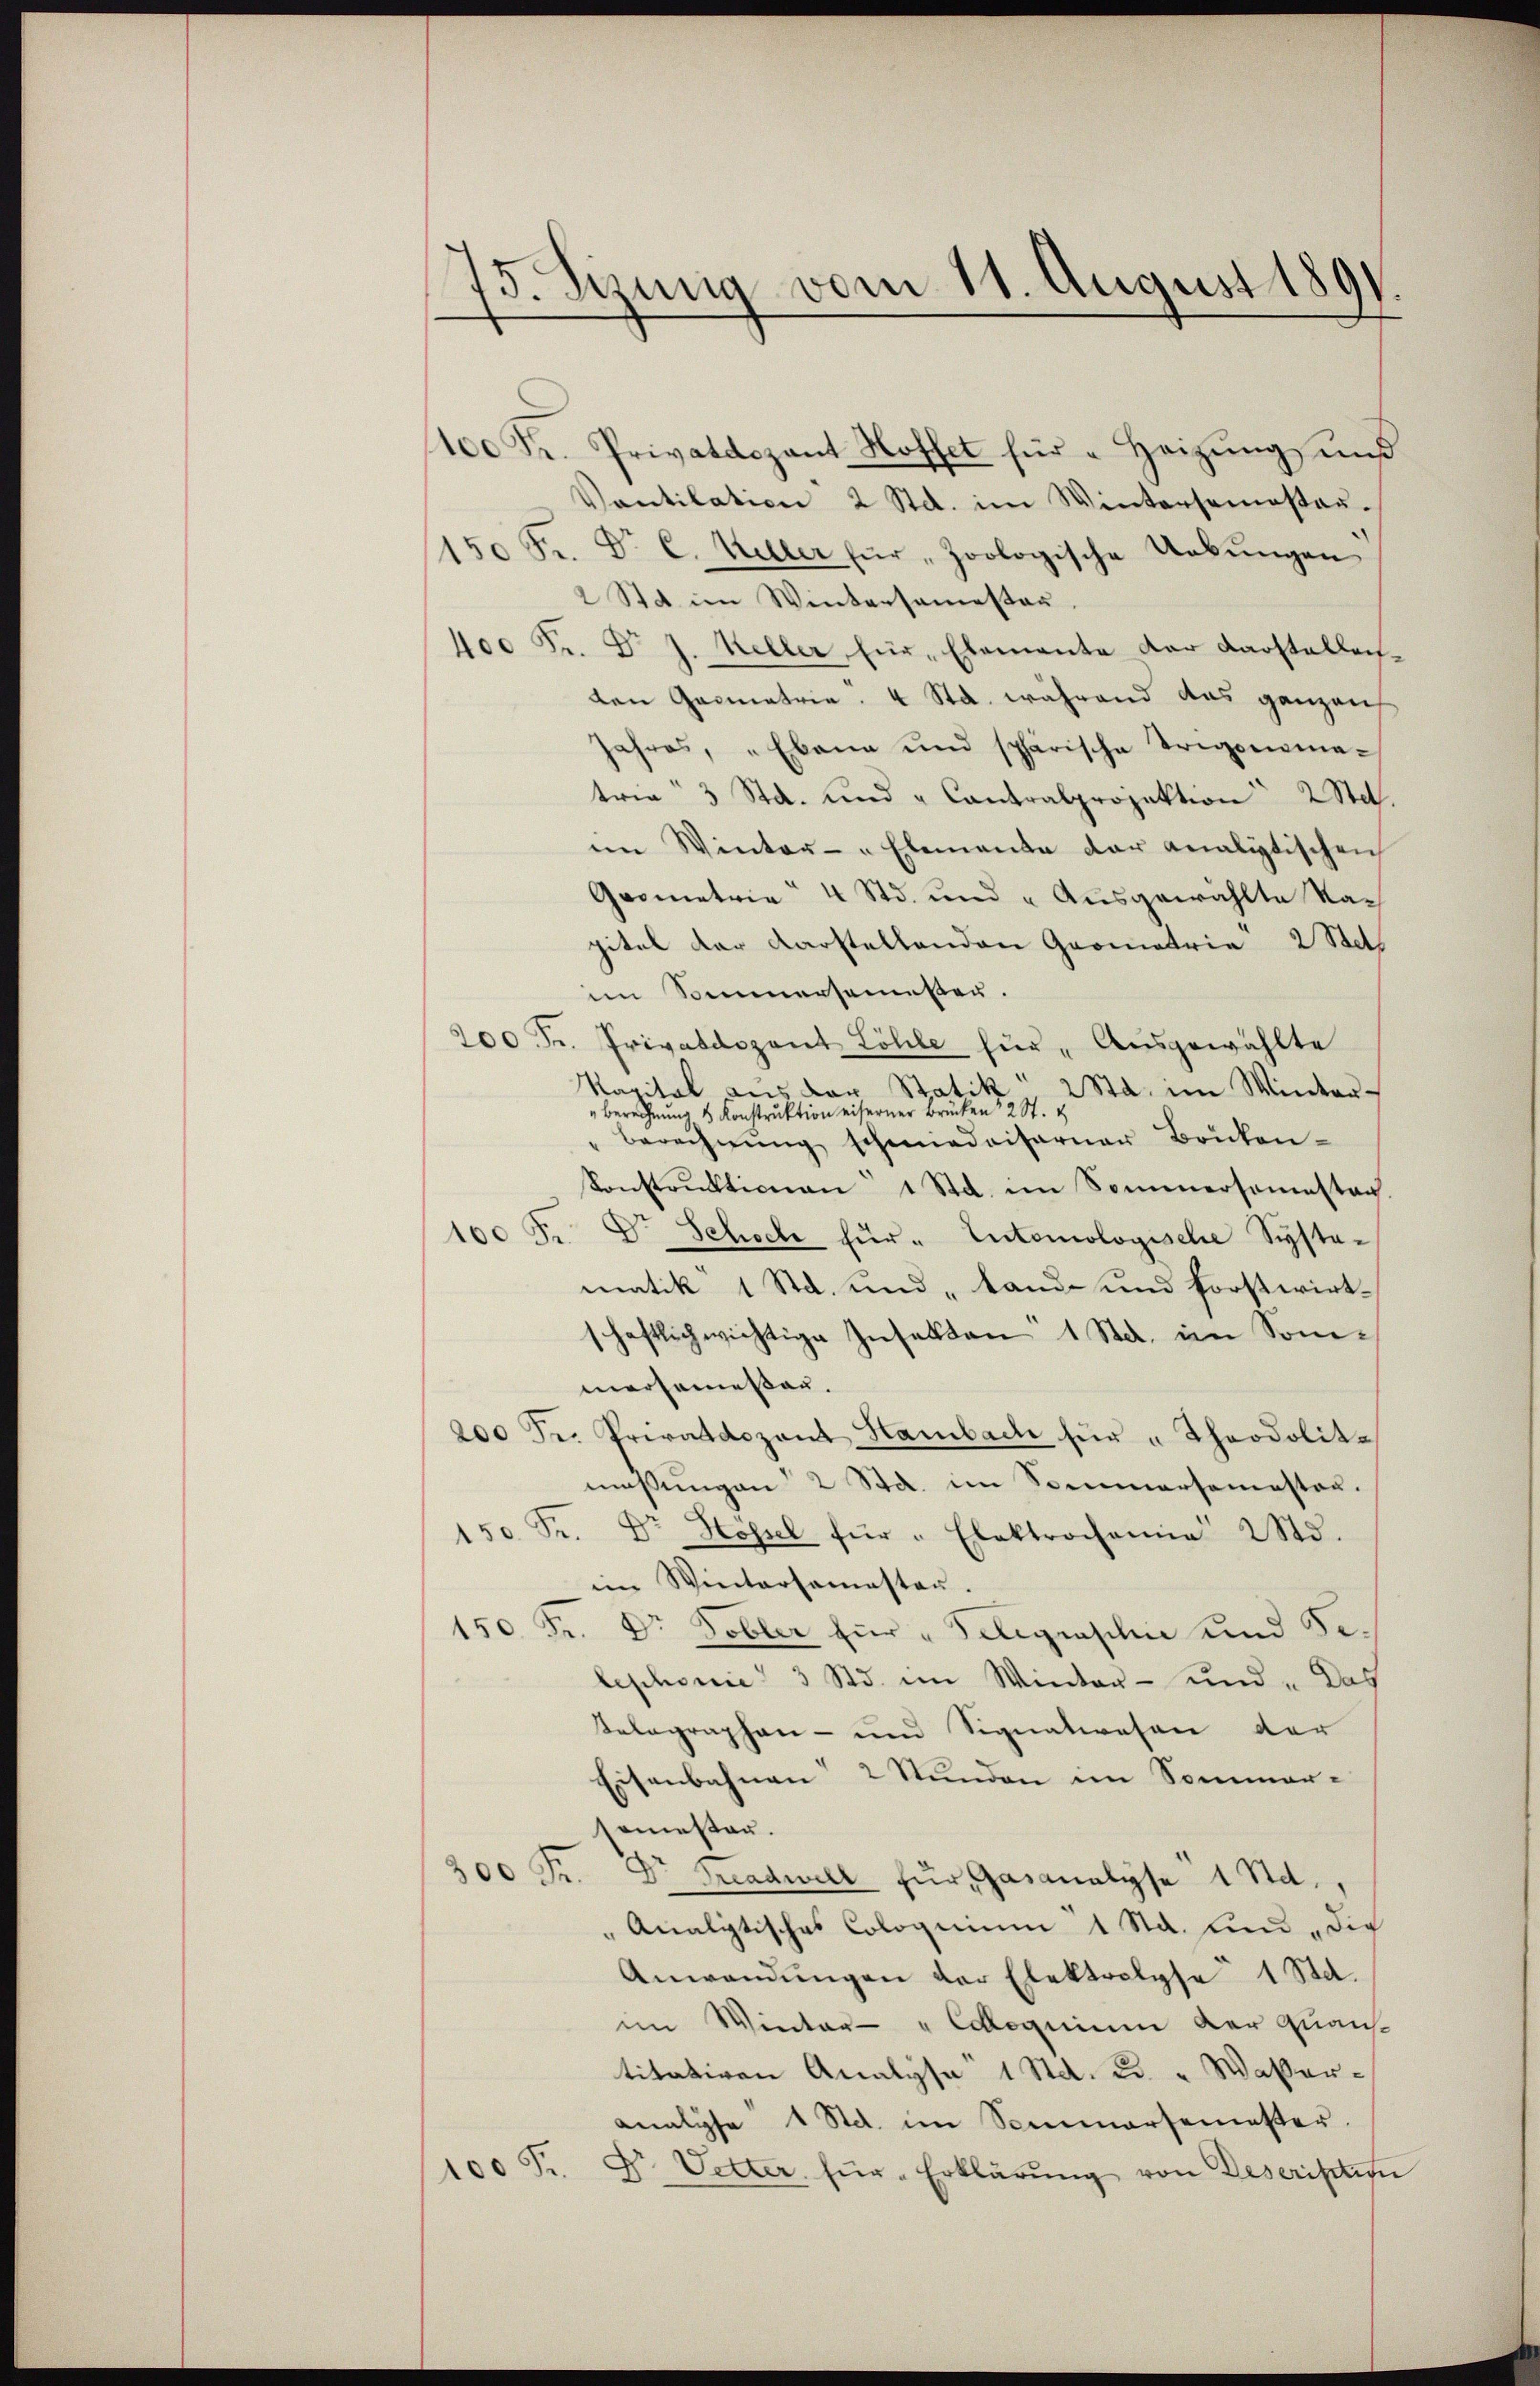
75. Sizung vom 11. August 1891.

100 Fr. Privatdozent Hoffet für "Heizung und
Vontilation 2 Std. im Wintersamostaŭ-
150 Fr. Dr. C. Keller für „Zoologische Uebŭngen
2 Std. im Wintersamesten.
400 Fr. Dr J. Keller für Elemente der Darstellenden Gasmatria. 4 Sta. während das ganzen
Jahres, "Ebene und sphärische Trigonmatrie 3 Std. und „Cantralprojektion 2 Stat.
im Winter- Elemente der analytischen
Grometrie 4 Std. und "Ausgewählte Na-
pitel der darstellenden Geometrie 2 Stets
im Sinnersemesser.
200 Fr. Privatdozent Löhle zur Ausgewählte
Kapital aus der Statik 2Sta. im Winter-
Berechnŭng & Konstruktion eiserner Brücken 22 St. &
Berechnŭng schmiedditarner Brücken-
Konstrŭktionen 1 Std. im Sommersamstan
100 Fr.
Dr Schoch für " Eutomologische Syste-
matik 1 Std. und „tande und forstwirthaftlich wichtige Insekten 1 Std. im Sommersemessen.
200 Fr. Privatdozent Hambach für "Theodolit.
maßungen 2 Std. im Sommersemester.
150 Fr. Dr Hopel für " Elektrochania 2 Std.
im Wintersamasten.
150 Fr. Dr. Tobler zur „Telegraphie und Se.
lephonie" 3 Std. im Winter- und „Das
Telegraphen- und Signatwesen der
Eisenbahnen 2 Stunden im Sommersemesten.
00
Dr Eeadwill für Gasanalyse 1 Std.
Analytisches Coloquium 1 Std. und die
Anwendungen der Elektrolyse 1 Std.
im Winter- "Coquium der Quant
titativen Analyse 1 Std. u. " Waßeranalyse 1 Std. im Sommersemester.
100 Fr. Dr. Vetter für Erklärŭng von Deserisation